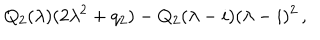
Q _ { 2 } ( \lambda ) ( 2 \lambda ^ { 2 } + q _ { 2 } ) - Q _ { 2 } ( \lambda - i ) ( \lambda - i ) ^ { 2 } \, ,